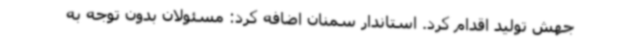
جهش تولید اقدام کرد. استاندار سمنان اضافه کرد: مسئولان بدون توجه به